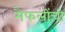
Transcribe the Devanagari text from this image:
मैफलींची